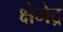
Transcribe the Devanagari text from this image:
क्षेमेद्र